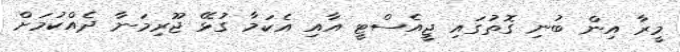
މީރާ އިން ބުނި ގޮތުގައި ޖީއެސްޓީ އާއި އެކަމާ ގުޅޭ ޖޫރިމަނާ ދެއްކުމަށް